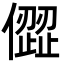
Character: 㒊